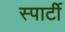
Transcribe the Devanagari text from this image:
स्पार्टी